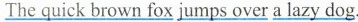
\underline{The quick brown fox} \underline{jumps over} \underline{a lazy dog. }